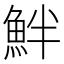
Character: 𩶐